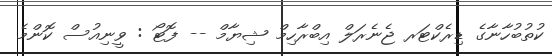
ކުތުބުހާނާގެ ޑިރެކްޓަރ ޖެނެރަލް އިބްރާހިމް ޝިޔާމް -- ފޮޓޯ : ވީނިއުސް ކޮންމެ